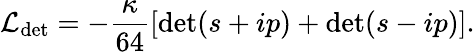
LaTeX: {\cal L}_{\mathrm{det}}=-\frac{\kappa}{64}\left[\mathrm{det}(s+ip)+\mathrm{det}(s-ip)\right].